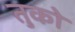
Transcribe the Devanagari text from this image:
तुको